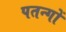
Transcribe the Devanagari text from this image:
पतन्‍गों